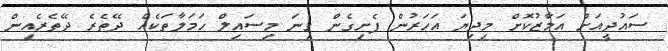
ސައުދީއަށް އަމާޒުކޮށް މިދިޔަ އަހަރުން ފެށިގެން ގިނަ މިސައިލް ހަމަލާތަކެއް ދޭތެރެ ދޭތެރެއިން